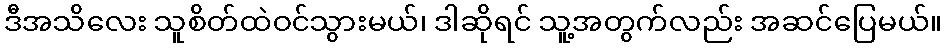
ဒီအသိလေး သူစိတ်ထဲဝင်သွားမယ်၊ ဒါဆိုရင် သူ့အတွက်လည်း အဆင်ပြေမယ်။